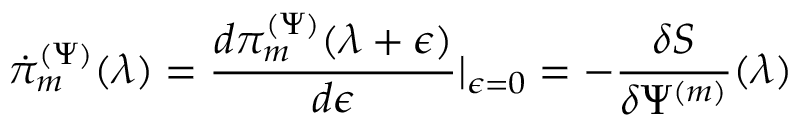
\dot { \pi } _ { m } ^ { ( \Psi ) } ( \lambda ) = \frac { d \pi _ { m } ^ { ( \Psi ) } ( \lambda + \epsilon ) } { d \epsilon } \vert _ { \epsilon = 0 } = - \frac { \delta S } { \delta \Psi ^ { ( m ) } } ( \lambda )